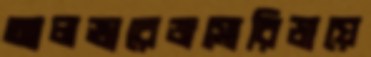
আলভারেজসোরিডায়ে